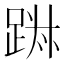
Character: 𨁕